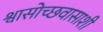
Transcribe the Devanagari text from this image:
श्वासोच्छवासाशी